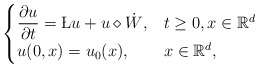
\begin{align*}\begin{cases}\displaystyle\frac{\partial u}{\partial t}=\L u+u\diamond\dot {W},& t\ge 0, x\in \mathbb R^d\\u(0,x)=u_0(x),& x\in\mathbb R^d,\end{cases}\end{align*}